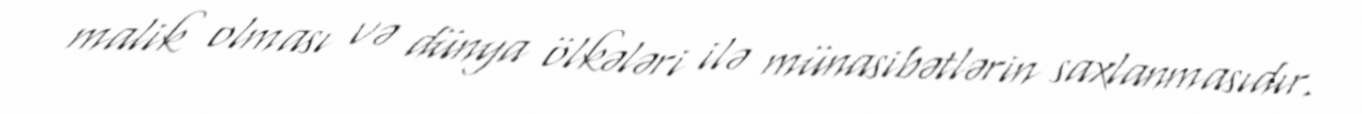
malik olması və dünya ölkələri ilə münasibətlərin saxlanmasıdır.